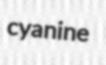
cyanine